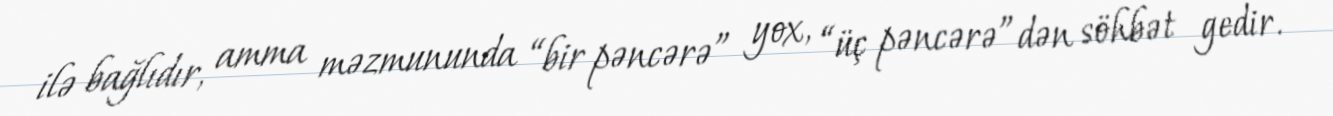
ilə bağlıdır, amma məzmununda “bir pəncərə” yox, “üç pəncərə”dən söhbət gedir.